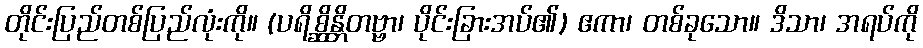
တိုင်းပြည်တစ်ပြည်လုံးကို။ (ပရိစ္ဆိန္တိတဗ္ဗာ၊ ပိုင်းခြားအပ်၏) ဧကာ၊ တစ်ခုသော။ ဒိသာ၊ အရပ်ကို